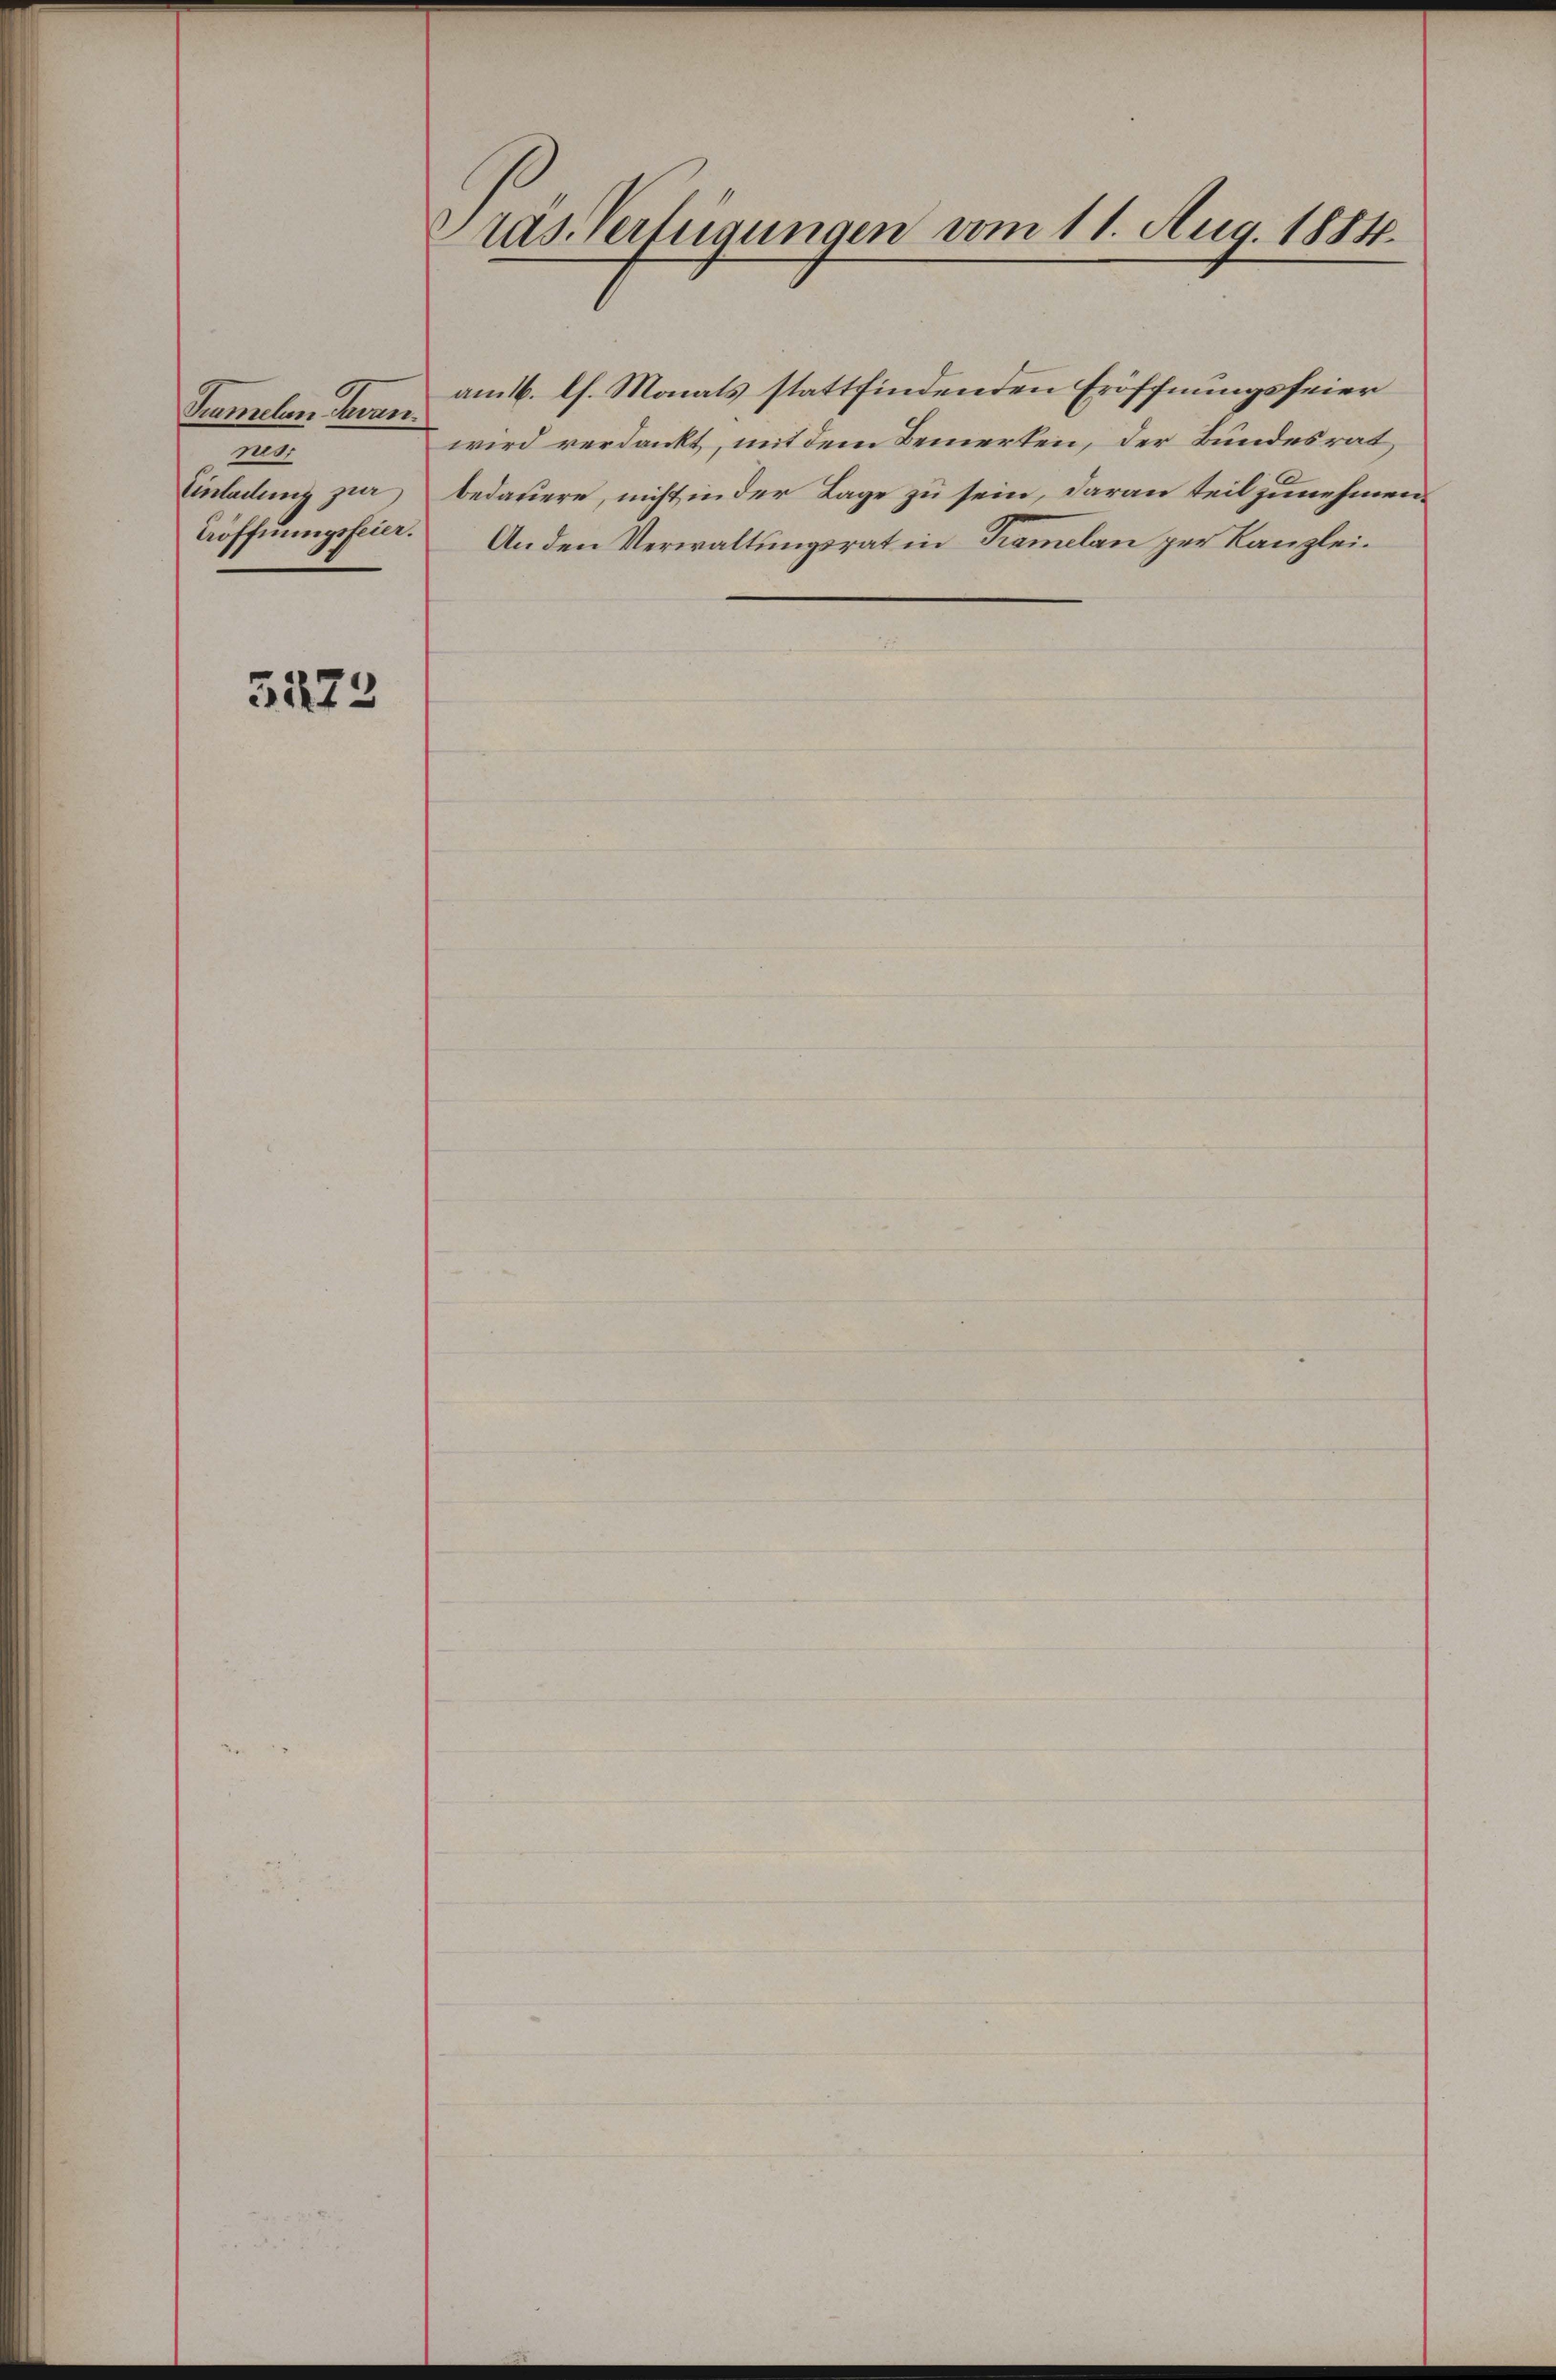
Tumelen Javan
nus,
Einladung zur
Eröffnungsfeier.

3173

Pras Verfügungen vom 11. Aug. 1884.

am 16. lh. Monats stattfindenden Eröffnungsfeier
wird verdankt, mit dem Bemerken, der Bundesrat,
bedauere, nicht in der Lage zu sein, daran teilzunehmen.
Anden Verwaltungsrat in Tramelan per Kanzlei¬